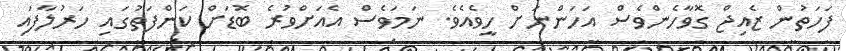
ފަހަތުން ޒެއިޖް ގޮވާހެންވެސް އަހަންނަށް ހީވެއެވެ. ނަމަވެސް އެއަށްވުރެ ބޮޑަށް ކަންފަތުގައި ހަރުލާފައި